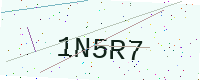
Text: 1N5R7